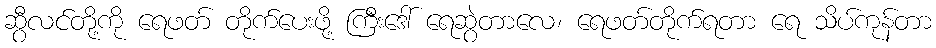
ဆွီလင်တို့ကို ရေဖတ် တိုက်ပေးဖို့ ကြီးဒေါ် ရေဆွဲတာလေ၊ ရေဖတ်တိုက်ရတာ ရေ သိပ်ကုန်တာ